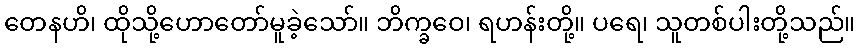
တေနဟိ၊ ထိုသို့ဟောတော်မူခဲ့သော်။ ဘိက္ခဝေ၊ ရဟန်းတို့။ ပရေ၊ သူတစ်ပါးတို့သည်။